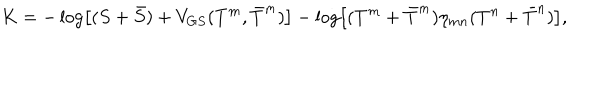
LaTeX: K = - \log \left[ ( S + \bar { S } ) + V _ { G S } ( T ^ { m } , \bar { T } ^ { m } ) \right] - \log \left[ ( T ^ { m } + \bar { T } ^ { m } ) \eta _ { m n } ( T ^ { n } + \bar { T } ^ { n } ) \right] ,